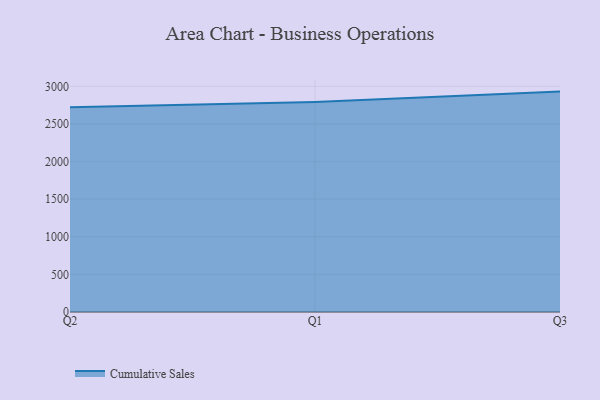
{"axis": {"x": "Quarter", "y": "Bounce Rate (%)"}, "legend": ["Cumulative Sales"], "data": [{"x": "Q2", "y": 2721.6, "type": "Cumulative Sales"}, {"x": "Q1", "y": 2790.4, "type": "Cumulative Sales"}, {"x": "Q3", "y": 2930.0, "type": "Cumulative Sales"}]}